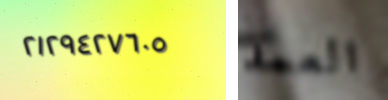
٢١٢٩٤٢٧٦٠٥ العمد